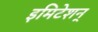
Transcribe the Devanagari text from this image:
इमिटेशन्